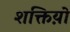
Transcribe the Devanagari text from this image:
शक्तिय़ो